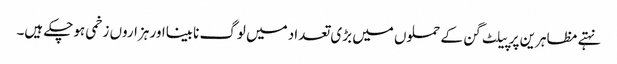
نہتے مظاہرین پر پیلٹ گن کے حملوں میں بڑی تعداد میں لوگ نابینااور ہزاروں زخمی ہوچکے ہیں۔